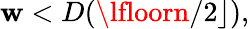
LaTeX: \mathbf{w}<D(\lfloorn/2\rfloor),